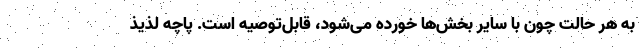
به هر حالت چون با سایر بخش‌ها خورده می‌شود، قابل‌توصیه است. پاچه لذیذ